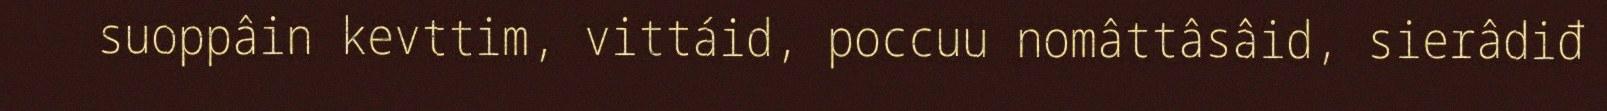
suoppâin kevttim, vittáid, poccuu nomâttâsâid, sierâdiđ